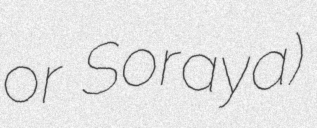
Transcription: or Soraya)